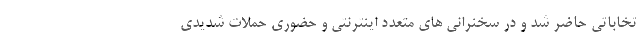
تخاباتی حاضر شد و در سخنرانی های متعدد اینترنتی و حضوری حملات شدیدی